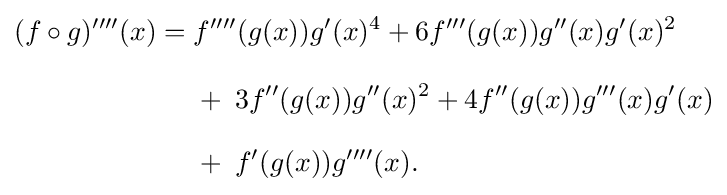
{\begin{aligned}(f\circ g)''''(x)={}&f''''(g(x))g'(x)^{4}+6f'''(g(x))g''(x)g'(x)^{2}\\[8pt]&{}+\;3f''(g(x))g''(x)^{2}+4f''(g(x))g'''(x)g'(x)\\[8pt]&{}+\;f'(g(x))g''''(x).\end{aligned}}